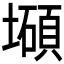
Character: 𰊹